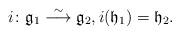
LaTeX: \begin{align*}i\colon {\mathfrak g}_1 \buildrel{\sim}\over{\longrightarrow} {\mathfrak g}_2, i({\mathfrak h}_1) = {\mathfrak h}_2. \end{align*}